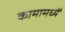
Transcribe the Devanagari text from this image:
कामामध्यें